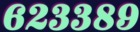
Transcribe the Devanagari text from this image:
६२३३८९